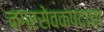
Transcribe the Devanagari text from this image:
नगरसेवकपदाचा